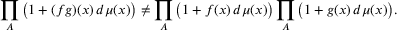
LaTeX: \prod _ { A } { \big ( } 1 + ( f g ) ( x ) \, d \mu ( x ) { \big ) } \neq \prod _ { A } { \big ( } 1 + f ( x ) \, d \mu ( x ) { \big ) } \prod _ { A } { \big ( } 1 + g ( x ) \, d \mu ( x ) { \big ) } .